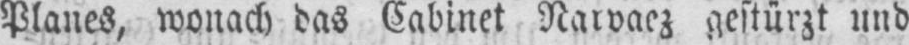
Planes, wonach das Cabinet Narvaez gestürzt und